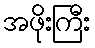
အဖိုးကြီး